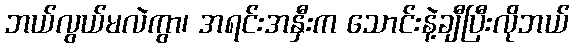
ဘယ်လွယ်မလဲကွာ၊ အရင်းအနှီးက သောင်းနဲ့ချီပြီးလိုဘယ်